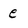
Character: e